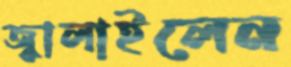
জ্বালাইলেন